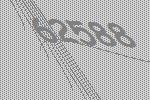
62588